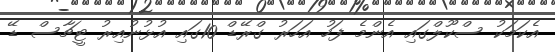
އެކަމަކު ސްކޫލްގައި އެންމެ ފަހު އަހަރު ގްރޭޑް 10ގައި އުޅުނުއިރު ޓީޗާސް ޑޭ